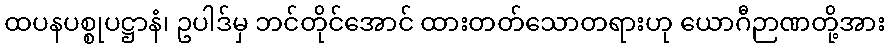
ထပနပစ္စုပဋ္ဌာနံ၊ ဥပါဒ်မှ ဘင်တိုင်အောင် ထားတတ်သောတရားဟု ယောဂီဉာဏတို့အား